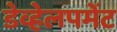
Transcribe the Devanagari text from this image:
डेव्हेलपमेंट